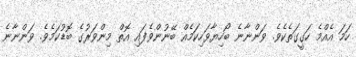
ހަމަ އެއްމެ ހަގީގަތެކެވެ. ވަންނާނެ ބޯހިޔާވަހިކަމެއް ބޭނުންވެފައި އޮތް މިންވަރުގެ ބޮޑުކަމެވެ. ވަންނާނެ